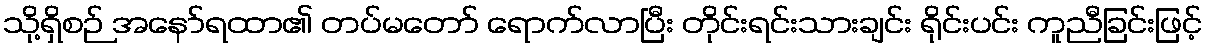
သို့ရှိစဉ် အနော်ရထာ၏ တပ်မတော် ရောက်လာပြီး တိုင်းရင်းသားချင်း ရိုင်းပင်း ကူညီခြင်းဖြင့်